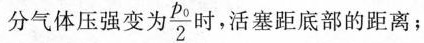
分气体压强变为 $$\frac{p_{0}}{2}$$ 时，活塞距底部的距离；